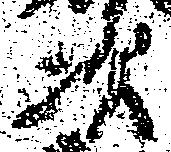
次